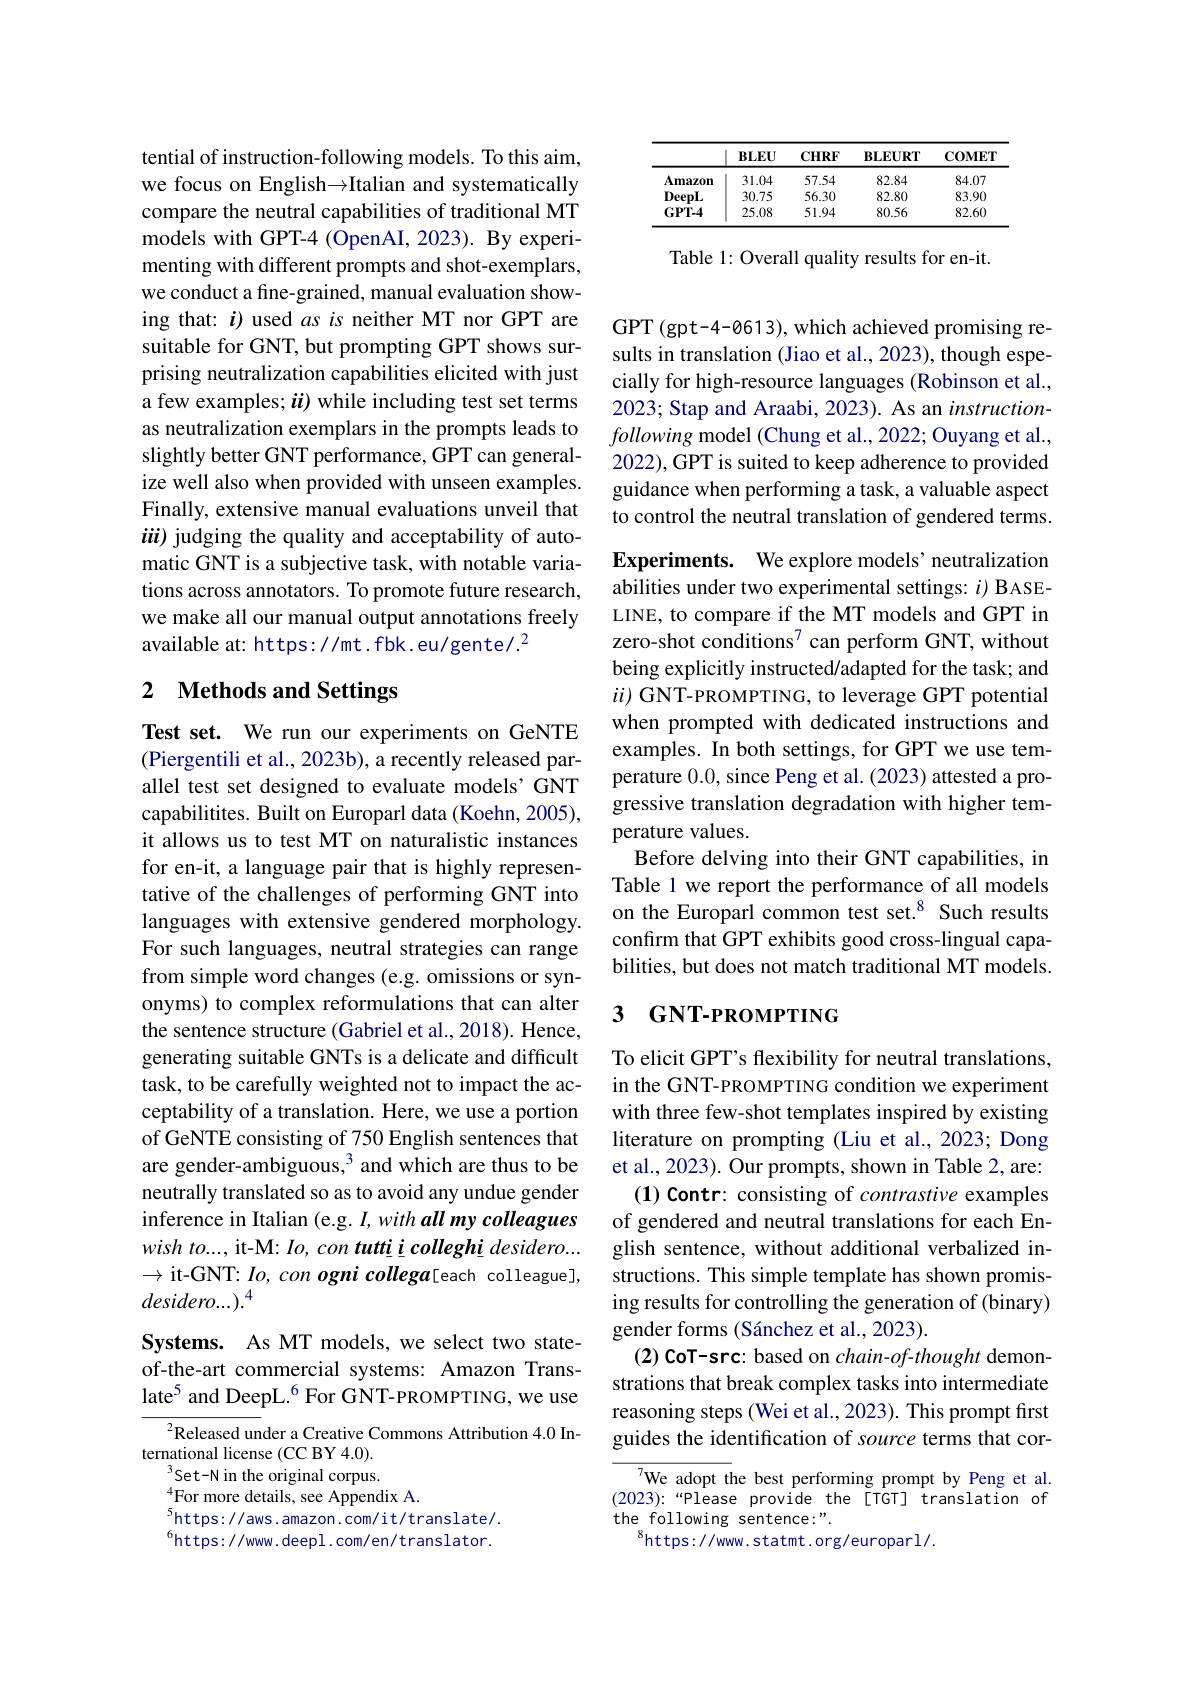
tential of instruction-following models. To this aim, we focus on English$\to$Italian and systematically compare the neutral capabilities of traditional MT models with GPT-4 (OpenAI, 2023). By experimenting with different prompts and shot-exemplars, we conduct a fine-grained, manual evaluation showing that: $i$) used asis neither MT nor GPT are suitable for GNT, but prompting GPT shows surprising neutralization capabilities elicited with just a few examples; $\ddot{u})$ while including test set terms as neutralization exemplars in the prompts leads to slightly better GNT performance, GPT can generalize well also when provided with unseen examples. Finally, extensive manual evaluations unveil that üü) judging the quality and acceptability of automatic GNT is a subjective task, with notable variations across annotators. To promote future research, we make all our manual output annotations freely available at: https: //mt. fbk. eu/gente/.$^2$

# 2 Methods and Settings

Test set. We run our experiments on GeNTE (Piergentili et al., 2023b), a recently released parallel test set designed to evaluate models’GNT capabilitites. Built on Europarl data (Koehn, 2005), it allows us to test MT on naturalistic instances for en-it, a language pair that is highly representative of the challenges of performing GNT into languages with extensive gendered morphology. For such languages, neutral strategies can range from simple word changes (e.g. omissions or synonyms) to complex reformulations that can alter the sentence structure (Gabriel et al., 2018). Hence, generating suitable GNTs is a delicate and difficult task, to be carefully weighted not to impact the acceptability of a translation. Here, we use a portion of GeNTE consisting of 750 English sentences that are gender-ambiguous, $^3$ and which are thus to be neutrally translated so as to avoid any undue gender inference in Italian (e.g. I, with all my colleagues wish $to. . . $, it-M: $Io, con$ $tutti\_ i\_ colleghi\_ desidero. . .$ $\to$it-GNT: $Io,con$ ogni collega[each colleague], $desidero...).^4$

Systems. As MT models, we select two stateof-the-art commercial systems: Amazon Translate$^{5}$ and DeepL.$^{6}$ For GNT-PROMPTING, we use

$^{2}$Released under a Creative Commons Attribution 4.0 In-
ternational license (CC BY 4.0).
$^{3}$Set-N in the original corpus.
${}_{\mathrm{s}}^{4}$For more details, see Appendix A.
$^{5}$https://aws.amazon.com/it/translate/. $^{6}$https://www.deepl.com/en/translator.

<table>
	<tbody>
		<tr>
			<th> </th>
			<th>$BLEU$</th>
			<th>$\mathbf{CHRF}$</th>
			<th>$\mathbf{BLEURT}$</th>
			<th>COMET</th>
		</tr>
		<tr>
			<td>Amazon</td>
			<td>31.04</td>
			<td>57.54</td>
			<td>82.84</td>
			<td>84.07</td>
		</tr>
		<tr>
			<td>$\mathbf{DeepL}$</td>
			<td>30.75</td>
			<td>56.30</td>
			<td>82.80</td>
			<td>83.90</td>
		</tr>
		<tr>
			<td>$\mathbf{GPT-4}$</td>
			<td>25.08</td>
			<td>51.94</td>
			<td>80.56</td>
			<td>82.60</td>
		</tr>
	</tbody>
</table>

Table 1: Overall quality results for en-it.

GPT (gpt-4-0613), which achieved promising results in translation (Jiao et al., 2023), though especially for high-resource languages (Robinson et al., 2023; Stap and Araabi, 2023). As an instructionfollowingmodel ( Chung et al. , 2022; Ouyang et al. , 2022), GPT is suited to keep adherence to provided guidance when performing a task, a valuable aspect to control the neutral translation of gendered terms. Experiments. We explore models' neutralization abilities under two experimental settings: $i)$ BASELINE, to compare if the MT models and GPT in zero-shot conditions$^{7}$ can perform GNT, without being explicitly instructed/adapted for the task; and $ii)$ GNT-PROMPTING, to leverage GPT potential when prompted with dedicated instructions and examples. In both settings, for GPT we use temperature 0.0, since Peng et al. (2023) attested a progressive translation degradation with higher temperature values.
Before delving into their GNT capabilities, in Table 1 we report the performance of all models on the Europarl common test set.$^{8}$ Such results confirm that GPT exhibits good cross-lingual capabilities, but does not match traditional MT models.

### 3 GNT-PROMPTING

To elicit GPT's flexibility for neutral translations, in the GNT-PROMPTING condition we experiment with three few-shot templates inspired by existing literature on prompting (Liu et al., 2023; Dong et al., 2023). Our prompts, shown in Table 2, are: (1) Contr: consisting of contrastive examples of gendered and neutral translations for each English sentence, without additional verbalized instructions. This simple template has shown promising results for controlling the generation of (binary) gender forms (Sánchez et al., 2023).
(2) CoT-src: based on $chain-of-thought$ demonstrations that break complex tasks into intermediate reasoning steps (Wei et al., 2023). This prompt first guides the identification of source terms that cor-

We adopt the best performing prompt by Peng et al. $(2023):“$Please provide the[TGT] translation of the following sentence:".
$^{8}$https://www.statmt.org/europarl/.